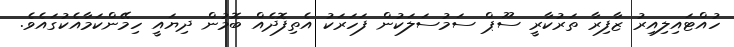
ހުއްޓައިލިއިރު ޒާފިރާ ތަރުކާރީ ސޫޕް ސަމުސަލަކުން ފަހަރަކު އެތިފޮދެއް ބޮމުން ދިޔައީ ހިމޭންކަމާއެކުގައެވެ.